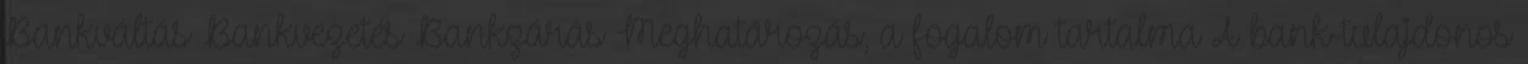
Bankváltás Bankvezetés Bankzárás Meghatározás, a fogalom tartalma A bank-tulajdonos